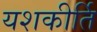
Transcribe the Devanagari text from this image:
यशकीर्ति